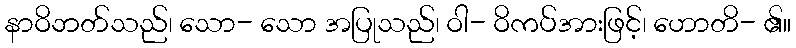
နာဝိဘတ်သည်၊ သော- သော အပြုသည်၊ ဝါ- ဝိကပ်အားဖြင့်၊ ဟောတိ- ၏။